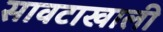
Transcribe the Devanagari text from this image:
सावटाखाली